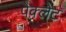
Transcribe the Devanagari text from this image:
पेक्लेट